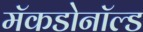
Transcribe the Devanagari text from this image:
मॅकडोनॉल्ड